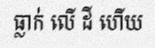
ធ្លាក់ លើ ដី ហើយ